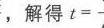
，解得 \(t = -\)